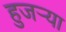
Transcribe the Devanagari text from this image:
हुजऱ्या